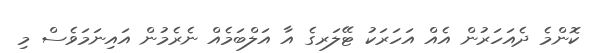
ކޮންމެ ދެއަހަރުން އެއް އަހަރަކު ޓޭލަރގެ އާ އަލްބަމެއް ނެރެމުން އައިނަމަވެސް މި